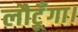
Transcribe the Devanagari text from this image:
लौटूँगा।